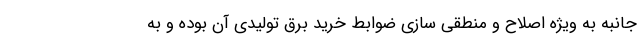
جانبه به ویژه اصلاح و منطقی سازی ضوابط خرید برق تولیدی آن بوده و به